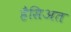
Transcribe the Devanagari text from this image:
हैसिअत